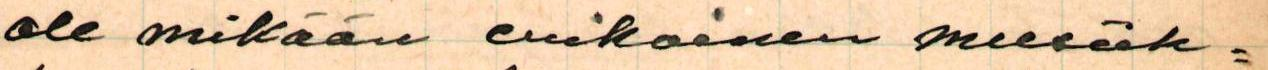
ole mikään erikoinen musiik-